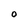
Character: O